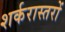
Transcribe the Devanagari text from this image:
शर्करास्तरों